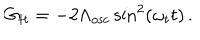
LaTeX: G _ { t t } = - 2 \Lambda _ { \mathrm { o s c } } \sin ^ { 2 } ( \omega _ { t } t ) \, .